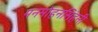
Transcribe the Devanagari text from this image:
मनमोहनसिंहनी